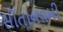
સીતાનવમી